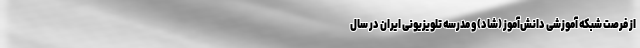
از فرصت شبکه آموزشی دانش‌آموز (شاد) و مدرسه تلویزیونی ایران در سال